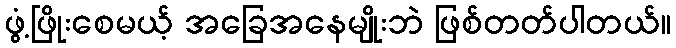
ဖွံ့ဖြိုးစေမယ့် အခြေအနေမျိုးဘဲ ဖြစ်တတ်ပါတယ်။